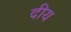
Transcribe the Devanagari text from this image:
दीय